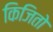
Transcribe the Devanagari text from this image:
किजितो